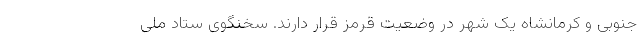
جنوبی و کرمانشاه یک شهر در وضعیت قرمز قرار دارند. سخنگوی ستاد ملی